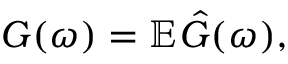
G ( \omega ) = \mathbb E \hat { G } ( \omega ) ,